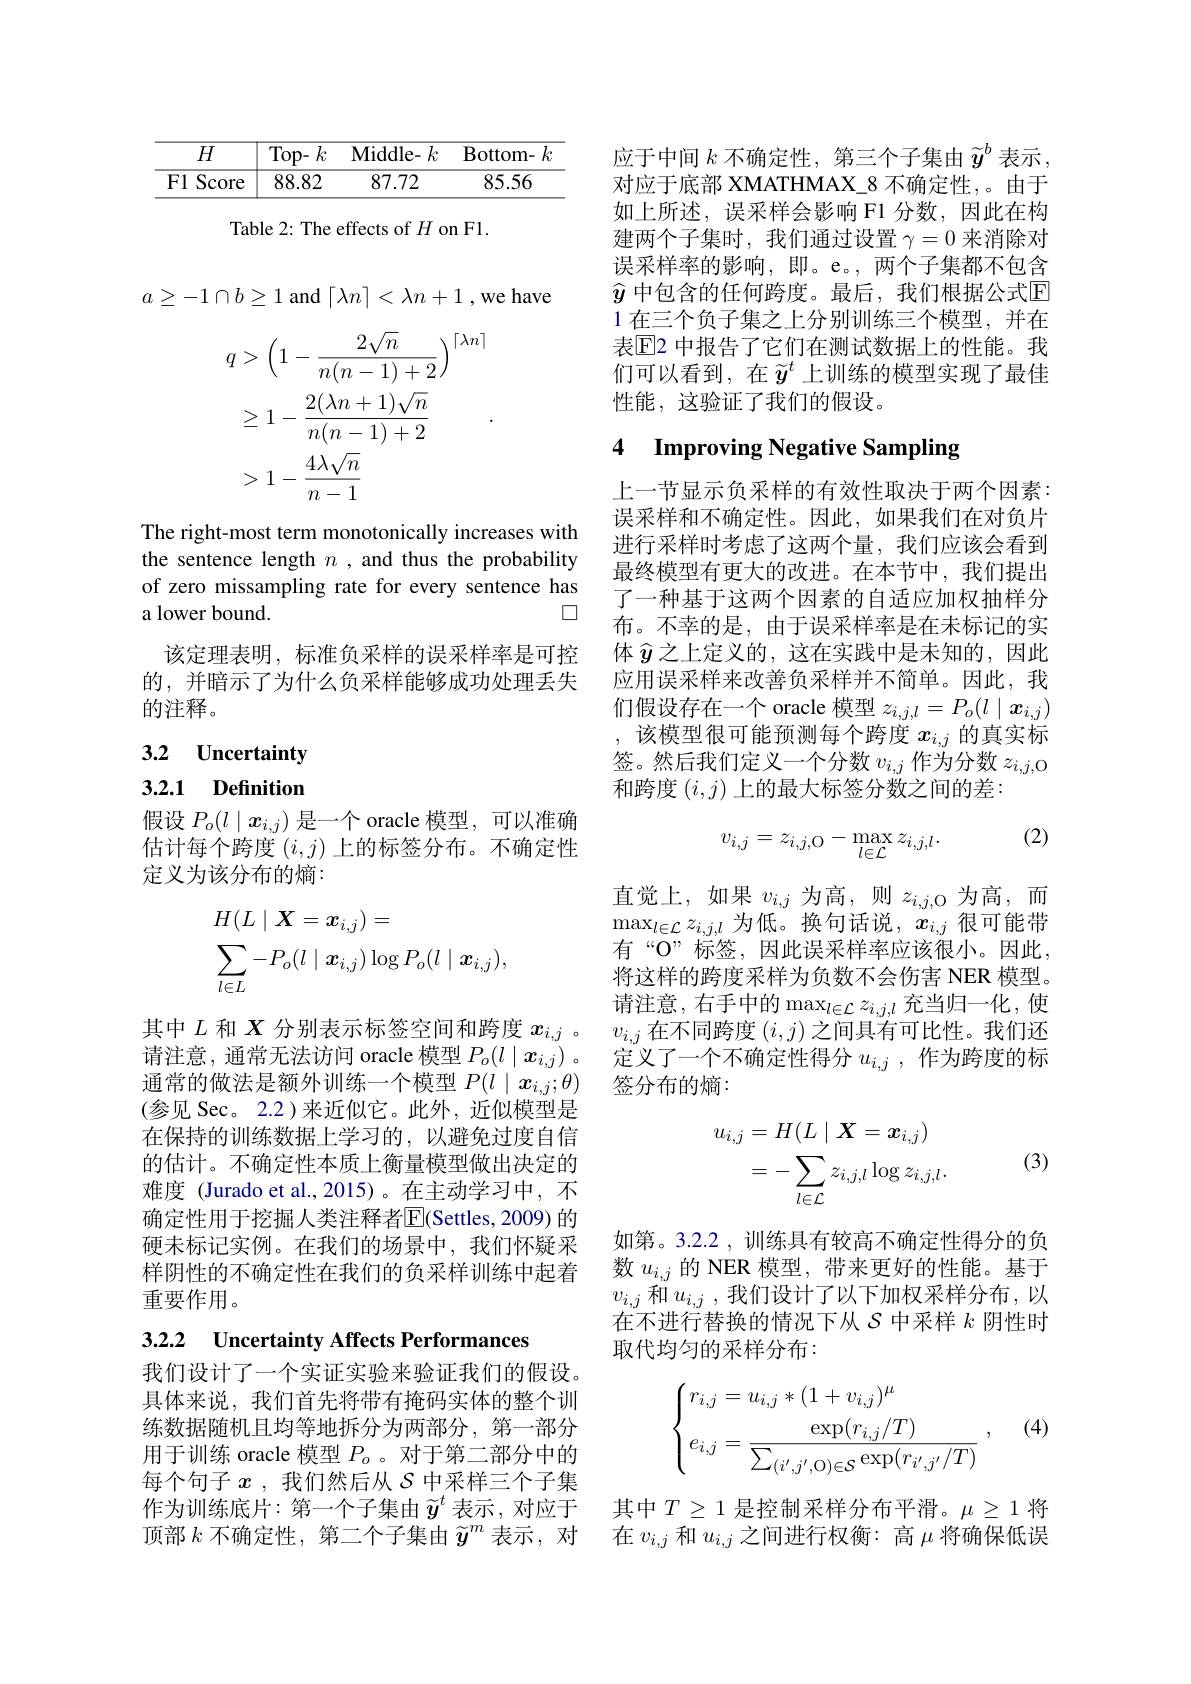
<table>
	<tbody>
		<tr>
			<th>$H$</th>
			<th>Top- $k$</th>
			<th>Middle- $k$</th>
			<th>Bottom- $k$</th>
		</tr>
		<tr>
			<td>F1 Score</td>
			<td>88.82</td>
			<td>87.72</td>
			<td>85.56</td>
		</tr>
	</tbody>
</table>

Table 2: The effects of $H$ on F1

$a\geq-1\cap b\geq1$ and $\lceil\lambda n\rceil<\lambda n+1$ ,we have
$$\begin{aligned}&q>\left(1-\frac{2\sqrt{n}}{n(n-1)+2}\right)^{\lceil\lambda n\rceil}\\&\geq1-\frac{2(\lambda n+1)\sqrt{n}}{n(n-1)+2}\\&>1-\frac{4\lambda\sqrt{n}}{n-1}\end{aligned}.$$
The right-most term monotonically increases with the sentence length $n$ ,and thus the probability of zero missampling rate for every sentence has
$\square$
a lower bound.

该定理表明，标准负采样的误采样率是可控的，并暗示了为什么负采样能够成功处理丢失的注释。

3.2 Uncertainty

## 3.2.1 Definition

假设$P_o(l\mid x_{i,j})$是一个 oracle 模型，可以准确估计每个跨度$(i,j)$上的标签分布。不确定性定义为该分布的熵：
$$\begin{aligned}&H(L\mid X=\boldsymbol{x}_{i,j})=\\&\sum_{l\in L}-P_{o}(l\mid\boldsymbol{x}_{i,j})\log P_{o}(l\mid\boldsymbol{x}_{i,j}),\end{aligned}$$
(参见 Sec。2.2)来近似它。此外，近似模型是在保持的训练数据上学习的，以避免过度自信的估计。不确定性本质上衡量模型做出决定的难度 (Jurado et al.,2015)。在主动学习中，不确定性用于挖掘人类注释者$\overline{\mathrm{E}}($Settles,2009)的硬未标记实例。在我们的场景中，我们怀疑采样阴性的不确定性在我们的负采样训练中起着重要作用。

3.2.2 $\textbf{Uncertainty Affects Performances}$

我们设计了一个实证实验来验证我们的假设。具体来说，我们首先将带有掩码实体的整个训练数据随机且均等地拆分为两部分，第一部分用于训练 oracle 模型$P_o$ 。对于第二部分中的每个句子$x$ ,我们然后从$S$中采样三个子集作为训练底片：第一个子集由$\widetilde{y}^t$ 表示，对应于 其中$T\geq1$ 是控制采样分布平滑。$\mu\geq1$ 将顶部$k$不确定性，第二个子集由$\widetilde{y}^m$表示，对 在$v_{i,j}$和$u_{i,j}$之间进行权衡：高$\mu$将确保低误

应于中间$k$不确定性，第三个子集由$\widetilde{y}^b$表示， 对应于底部 XMATHMAX\_8 不确定性，。由于如上所述，误采样会影响 F1 分数，因此在构建两个子集时，我们通过设置$\gamma=0$来消除对误采样率的影响，即。e。,两个子集都不包含$\widehat{y}$ 中包含的任何跨度。最后，我们根据公式$\mathbb{E}$ 1 在三个负子集之上分别训练三个模型，并在表$\mathbb{E}$2 中报告了它们在测试数据上的性能。我们可以看到，在$\widetilde{y}^t$上训练的模型实现了最佳性能，这验证了我们的假设。

# 4 Improving Negative Sampling

上一节显示负采样的有效性取决于两个因素： 误采样和不确定性。因此，如果我们在对负片进行采样时考虑了这两个量，我们应该会看到最终模型有更大的改进。在本节中，我们提出了一种基于这两个因素的自适应加权抽样分布。不幸的是，由于误采样率是在未标记的实体$\widehat{y}$之上定义的，这在实践中是未知的，因此应用误采样来改善负采样并不简单。因此，我们假设存在一个 oracle 模型$z_{i,j,l}=P_o(l\mid\boldsymbol{x}_{i,j})$ ,该模型很可能预测每个跨度 $x_i,j$ 的真实标签。然后我们定义一个分数$v_{i,j}$作为分数$z_{i,j,\mathrm{O}}$ 和跨度$(i,j)$上的最大标签分数之间的差：

(2)
$$v_{i,j}=z_{i,j,\text{O}}-\max_{l\in\text{L}}z_{i,j,l}.$$
直觉上，如果$v_i,j$为高，则$z_i,j$,O 为高，而$\max_{l\in\mathcal{L}}z_{i,j,l}$为低。换句话说，$x_i,j$很可能带有“O”标签，因此误采样率应该很小。因此， 将这样的跨度采样为负数不会伤害 NER 模型。请注意，右手中的$\max_l\in\mathcal{L}z_{i,j,l}$ 充当归一化，使
其中$L$和$X$分别表示标签空间和跨度$x_i,j$ 。$v_{i,j}$在不同跨度$(i,j)$之间具有可比性。我们还请注意，通常无法访问 oracle 模型$P_o(l\mid x_{i,j})$。定义了一个不确定性得分$u_i,j$ ,作为跨度的标通常的做法是额外训练一个模型 $P( l\mid x_{i, j}; \theta )$ 签分布的熵：
$$\begin{aligned}u_{i,j}&=H(L\mid X=x_{i,j})\\&=-\sum_{l\in\mathcal{L}}z_{i,j,l}\log z_{i,j,l}.\end{aligned}$$
(3)

如第。3.2.2 ,训练具有较高不确定性得分的负数$u_{i,j}$的 NER 模型，带来更好的性能。基于$v_{i,j}$和$u_i,j$ ,我们设计了以下加权采样分布，以在不进行替换的情况下从$S$中采样$k$阴性时取代均匀的采样分布：
$$\begin{cases}r_{i,j}=u_{i,j}*(1+v_{i,j})^{\mu}\\e_{i,j}=\dfrac{\exp(r_{i,j}/T)}{\sum_{(i',j',\text{O})\in\mathcal{S}}\exp(r_{i',j'}/T)}\:,\end{cases}$$
(4)